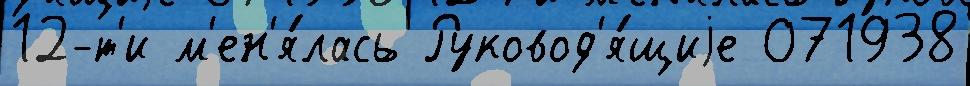
12-т'и м'ен'я́лась Руковод'я́щиjе 071938